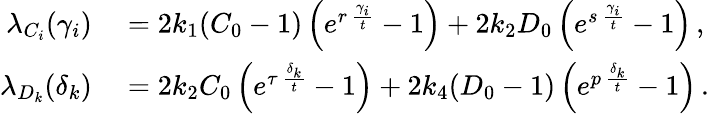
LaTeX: \begin{array}{rl}{\lambda_{C_{i}}(\gamma_{i})}&{{}=2k_{1}(C_{0}-1)\left(e^{r\, \frac{\gamma_{i}}{t}}-1\right)+2k_{2}D_{0}\left(e^{s\, \frac{\gamma_{i}}{t}}-1\right)\, ,}\\ {\lambda_{D_{k}}(\delta_{k})}&{{}=2k_{2}C_{0}\left(e^{\tau\, \frac{\delta_{k}}{t}}-1\right)+2k_{4}(D_{0}-1)\left(e^{p\, \frac{\delta_{k}}{t}}-1\right)\, .}\end{array}